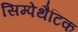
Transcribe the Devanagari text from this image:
सिम्पेथैटिक